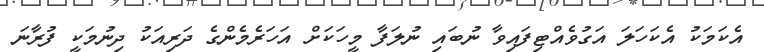
އެކަމަކު އެކަހަލަ އަގުވެއްޓިފައިވާ ނުބައި ނުލަފާ މީހަކަށް އަހަރެމެންގެ ދަރިއަކު ދިނުމަކީ ފުރާނަ